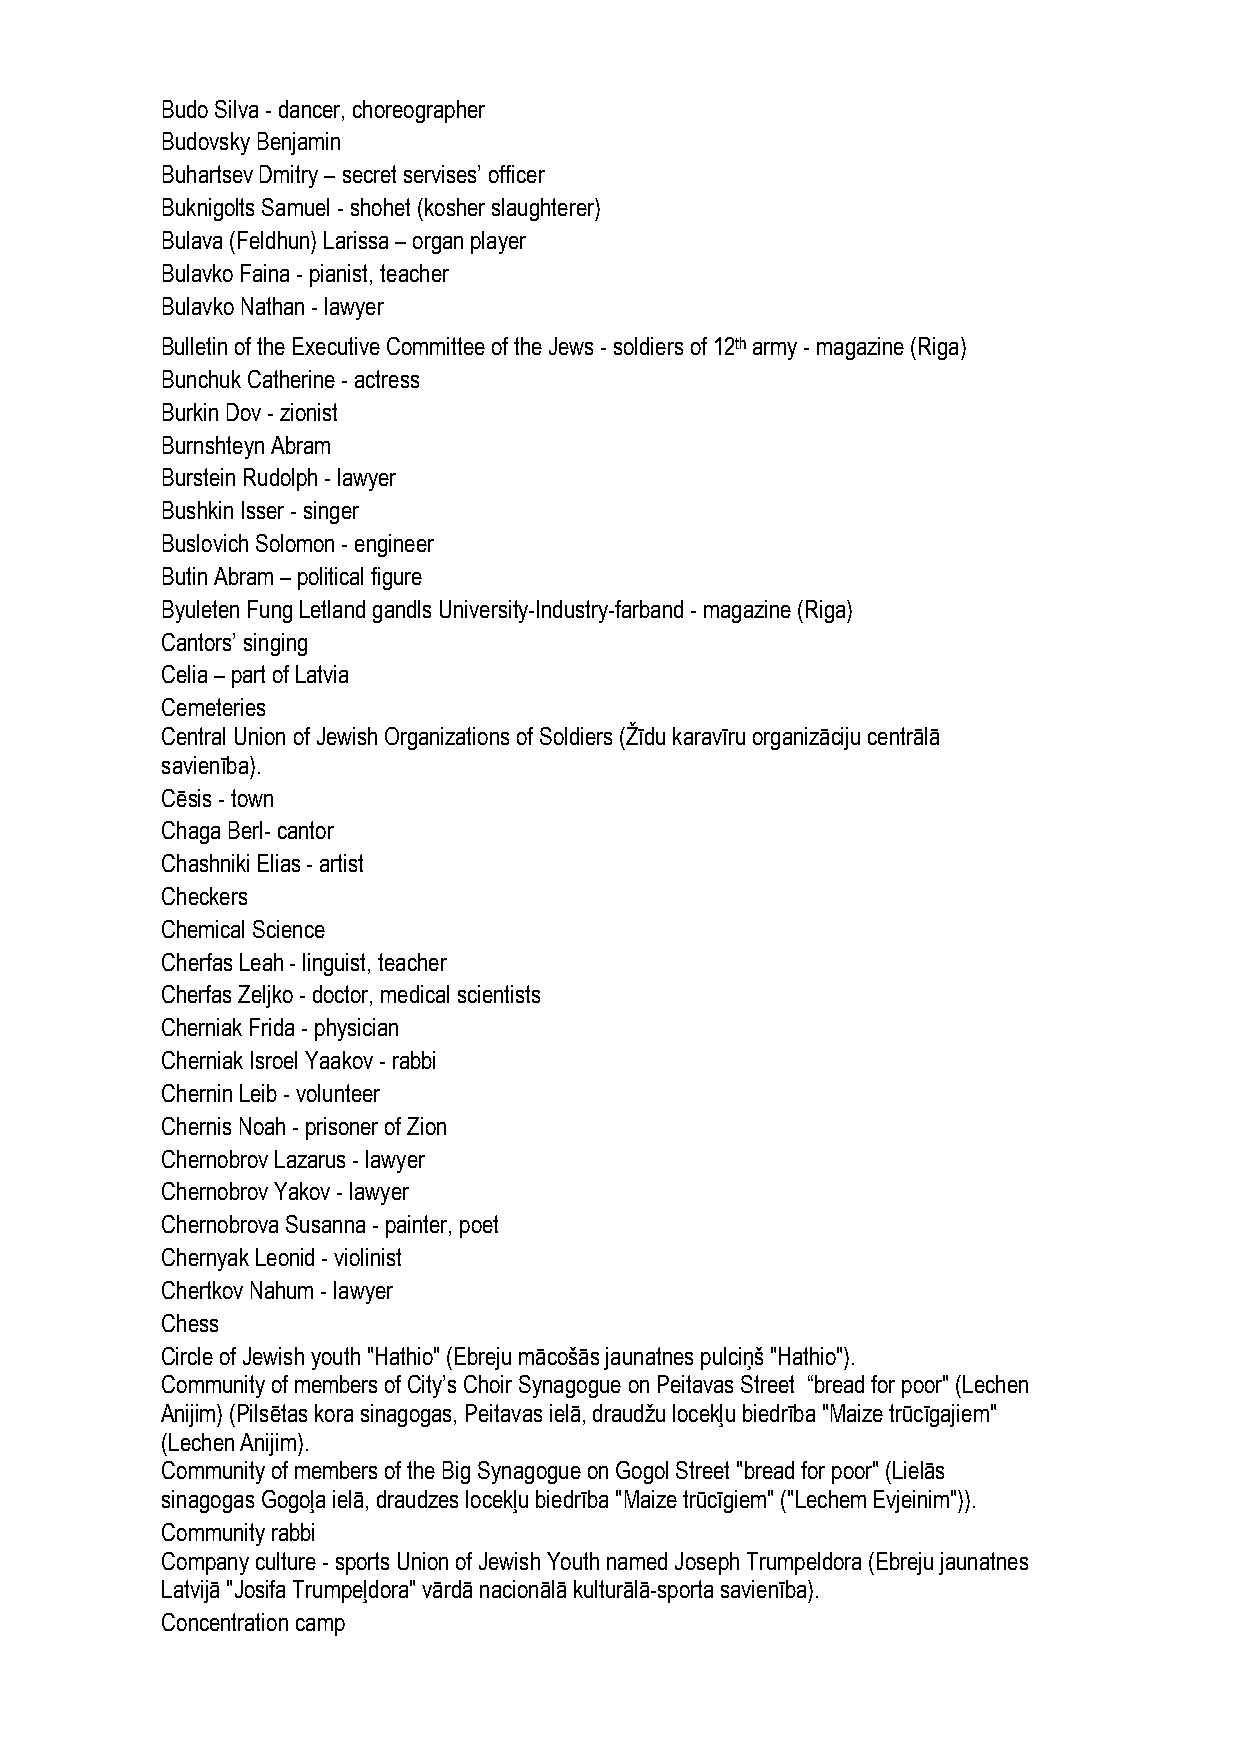
Budo Silva - dancer, choreographer
 Budovsky Benjamin
 Buhartsev Dmitry – secret servises’ officer
 Buknigolts Samuel - shohet (kosher slaughterer)
 Bulava (Feldhun) Larissa – organ player
 Bulavko Faina - pianist, teacher
 Bulavko Nathan - lawyer
 Bulletin of the Executive Committee of the Jews - soldiers of 12th army - magazine (Riga)
 Bunchuk Catherine - actress
 Burkin Dov - zionist
 Burnshteyn Abram
 Burstein Rudolph - lawyer
 Bushkin Isser - singer
 Buslovich Solomon - engineer
 Butin Abram – political figure
 Byuleten Fung Letland gandls University-Industry-farband - magazine (Riga)
 Cantors’ singing
 Celia – part of Latvia
 Cemeteries
 Central Union of Jewish Organizations of Soldiers (Žīdu karavīru organizāciju centrālā
 savienība).
 Cēsis - town
 Chaga Berl- cantor
 Chashniki Elias - artist
 Checkers
 Chemical Science
 Cherfas Leah - linguist, teacher
 Cherfas Zeljko - doctor, medical scientists
 Cherniak Frida - physician
 Cherniak Isroel Yaakov - rabbi
 Chernin Leib - volunteer
 Chernis Noah - prisoner of Zion
 Chernobrov Lazarus - lawyer
 Chernobrov Yakov - lawyer
 Chernobrova Susanna - painter, poet
 Chernyak Leonid - violinist
 Chertkov Nahum - lawyer
 Chess
 Circle of Jewish youth "Hathio" (Ebreju mācošās jaunatnes pulciņš "Hathio").
 Community of members of City’s Choir Synagogue on Peitavas Street “bread for poor" (Lechen
 Anijim) (Pilsētas kora sinagogas, Peitavas ielā, draudžu locekļu biedrība "Maize trūcīgajiem"
 (Lechen Anijim).
 Community of members of the Big Synagogue on Gogol Street "bread for poor" (Lielās
 sinagogas Gogoļa ielā, draudzes locekļu biedrība "Maize trūcīgiem" ("Lechem Evjeinim")).
 Community rabbi
 Company culture - sports Union of Jewish Youth named Joseph Trumpeldora (Ebreju jaunatnes
 Latvijā "Josifa Trumpeļdora" vārdā nacionālā kulturālā-sporta savienība).
 Concentration camp